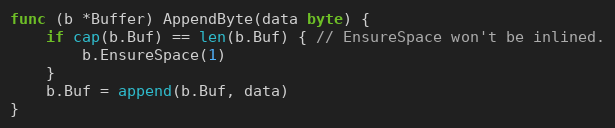
Language: Go
func (b *Buffer) AppendByte(data byte) {
	if cap(b.Buf) == len(b.Buf) { // EnsureSpace won't be inlined.
		b.EnsureSpace(1)
	}
	b.Buf = append(b.Buf, data)
}